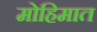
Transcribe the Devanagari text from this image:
मोहिमात